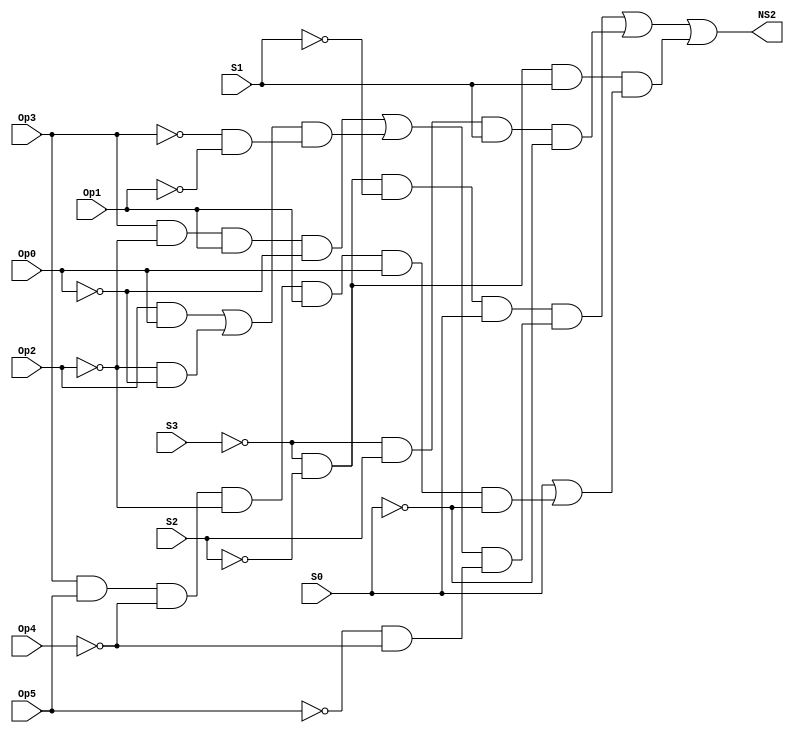
// Copyright (C) 2020  Intel Corporation. All rights reserved.
// Your use of Intel Corporation's design tools, logic functions 
// and other software and tools, and any partner logic 
// functions, and any output files from any of the foregoing 
// (including device programming or simulation files), and any 
// associated documentation or information are expressly subject 
// to the terms and conditions of the Intel Program License 
// Subscription Agreement, the Intel Quartus Prime License Agreement,
// the Intel FPGA IP License Agreement, or other applicable license
// agreement, including, without limitation, that your use is for
// the sole purpose of programming logic devices manufactured by
// Intel and sold by Intel or its authorized distributors.  Please
// refer to the applicable agreement for further details, at
// https://fpgasoftware.intel.com/eula.

// PROGRAM		"Quartus Prime"
// VERSION		"Version 20.1.1 Build 720 11/11/2020 SJ Lite Edition"
// CREATED		"Sun Aug 14 23:28:47 2022"

module NS2(
	Op5,
	Op4,
	Op3,
	Op2,
	Op1,
	Op0,
	S3,
	S2,
	S1,
	S0,
	NS2
);


input wire	Op5;
input wire	Op4;
input wire	Op3;
input wire	Op2;
input wire	Op1;
input wire	Op0;
input wire	S3;
input wire	S2;
input wire	S1;
input wire	S0;
output wire	NS2;

wire	SYNTHESIZED_WIRE_35;
wire	SYNTHESIZED_WIRE_36;
wire	SYNTHESIZED_WIRE_37;
wire	SYNTHESIZED_WIRE_38;
wire	SYNTHESIZED_WIRE_39;
wire	SYNTHESIZED_WIRE_6;
wire	SYNTHESIZED_WIRE_7;
wire	SYNTHESIZED_WIRE_8;
wire	SYNTHESIZED_WIRE_9;
wire	SYNTHESIZED_WIRE_11;
wire	SYNTHESIZED_WIRE_12;
wire	SYNTHESIZED_WIRE_13;
wire	SYNTHESIZED_WIRE_16;
wire	SYNTHESIZED_WIRE_40;
wire	SYNTHESIZED_WIRE_19;
wire	SYNTHESIZED_WIRE_20;
wire	SYNTHESIZED_WIRE_21;
wire	SYNTHESIZED_WIRE_22;
wire	SYNTHESIZED_WIRE_23;
wire	SYNTHESIZED_WIRE_24;
wire	SYNTHESIZED_WIRE_25;
wire	SYNTHESIZED_WIRE_27;
wire	SYNTHESIZED_WIRE_28;
wire	SYNTHESIZED_WIRE_29;
wire	SYNTHESIZED_WIRE_30;
wire	SYNTHESIZED_WIRE_31;
wire	SYNTHESIZED_WIRE_32;




assign	SYNTHESIZED_WIRE_25 =  ~Op5;

assign	SYNTHESIZED_WIRE_38 =  ~Op4;

assign	SYNTHESIZED_WIRE_12 = SYNTHESIZED_WIRE_35 & S2 & S1 & SYNTHESIZED_WIRE_36;

assign	SYNTHESIZED_WIRE_6 = SYNTHESIZED_WIRE_35 & SYNTHESIZED_WIRE_37 & S1;

assign	SYNTHESIZED_WIRE_9 = Op3 & Op5 & SYNTHESIZED_WIRE_38 & SYNTHESIZED_WIRE_39 & Op1 & Op0;

assign	SYNTHESIZED_WIRE_13 = SYNTHESIZED_WIRE_6 & SYNTHESIZED_WIRE_7;

assign	SYNTHESIZED_WIRE_7 = S0 | SYNTHESIZED_WIRE_8;

assign	SYNTHESIZED_WIRE_8 = SYNTHESIZED_WIRE_9 & SYNTHESIZED_WIRE_36;

assign	NS2 = SYNTHESIZED_WIRE_11 | SYNTHESIZED_WIRE_12 | SYNTHESIZED_WIRE_13;

assign	SYNTHESIZED_WIRE_23 = SYNTHESIZED_WIRE_35 & SYNTHESIZED_WIRE_37 & SYNTHESIZED_WIRE_16 & S0;

assign	SYNTHESIZED_WIRE_32 = SYNTHESIZED_WIRE_39 & SYNTHESIZED_WIRE_40;

assign	SYNTHESIZED_WIRE_31 = Op2 & Op0;

assign	SYNTHESIZED_WIRE_19 =  ~Op3;

assign	SYNTHESIZED_WIRE_22 = SYNTHESIZED_WIRE_19 & SYNTHESIZED_WIRE_20;

assign	SYNTHESIZED_WIRE_30 = SYNTHESIZED_WIRE_21 & SYNTHESIZED_WIRE_22;

assign	SYNTHESIZED_WIRE_11 = SYNTHESIZED_WIRE_23 & SYNTHESIZED_WIRE_24;

assign	SYNTHESIZED_WIRE_28 = SYNTHESIZED_WIRE_25 & SYNTHESIZED_WIRE_38;

assign	SYNTHESIZED_WIRE_24 = SYNTHESIZED_WIRE_27 & SYNTHESIZED_WIRE_28;

assign	SYNTHESIZED_WIRE_27 = SYNTHESIZED_WIRE_29 | SYNTHESIZED_WIRE_30;

assign	SYNTHESIZED_WIRE_39 =  ~Op2;

assign	SYNTHESIZED_WIRE_21 = SYNTHESIZED_WIRE_31 | SYNTHESIZED_WIRE_32;

assign	SYNTHESIZED_WIRE_29 = Op3 & SYNTHESIZED_WIRE_39 & Op1 & SYNTHESIZED_WIRE_40;

assign	SYNTHESIZED_WIRE_20 =  ~Op1;

assign	SYNTHESIZED_WIRE_40 =  ~Op0;

assign	SYNTHESIZED_WIRE_35 =  ~S3;

assign	SYNTHESIZED_WIRE_37 =  ~S2;

assign	SYNTHESIZED_WIRE_16 =  ~S1;

assign	SYNTHESIZED_WIRE_36 =  ~S0;


endmodule